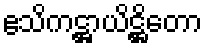
ဧသိကဋ္ဌာယိဋ္ဌိတော